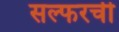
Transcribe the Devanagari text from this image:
सल्फरची